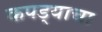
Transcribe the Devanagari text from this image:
कपड्याचा